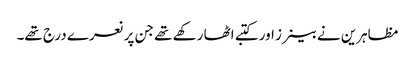
مظاہرین نے بینرز اور کتبے اٹھا رکھے تھے جن پر نعرے درج تھے۔